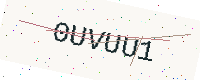
Text: 0UVUU1